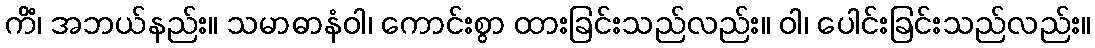
ကိံ၊ အဘယ်နည်း။ သမာဓာနံဝါ၊ ကောင်းစွာ ထားခြင်းသည်လည်း။ ဝါ၊ ပေါင်းခြင်းသည်လည်း။